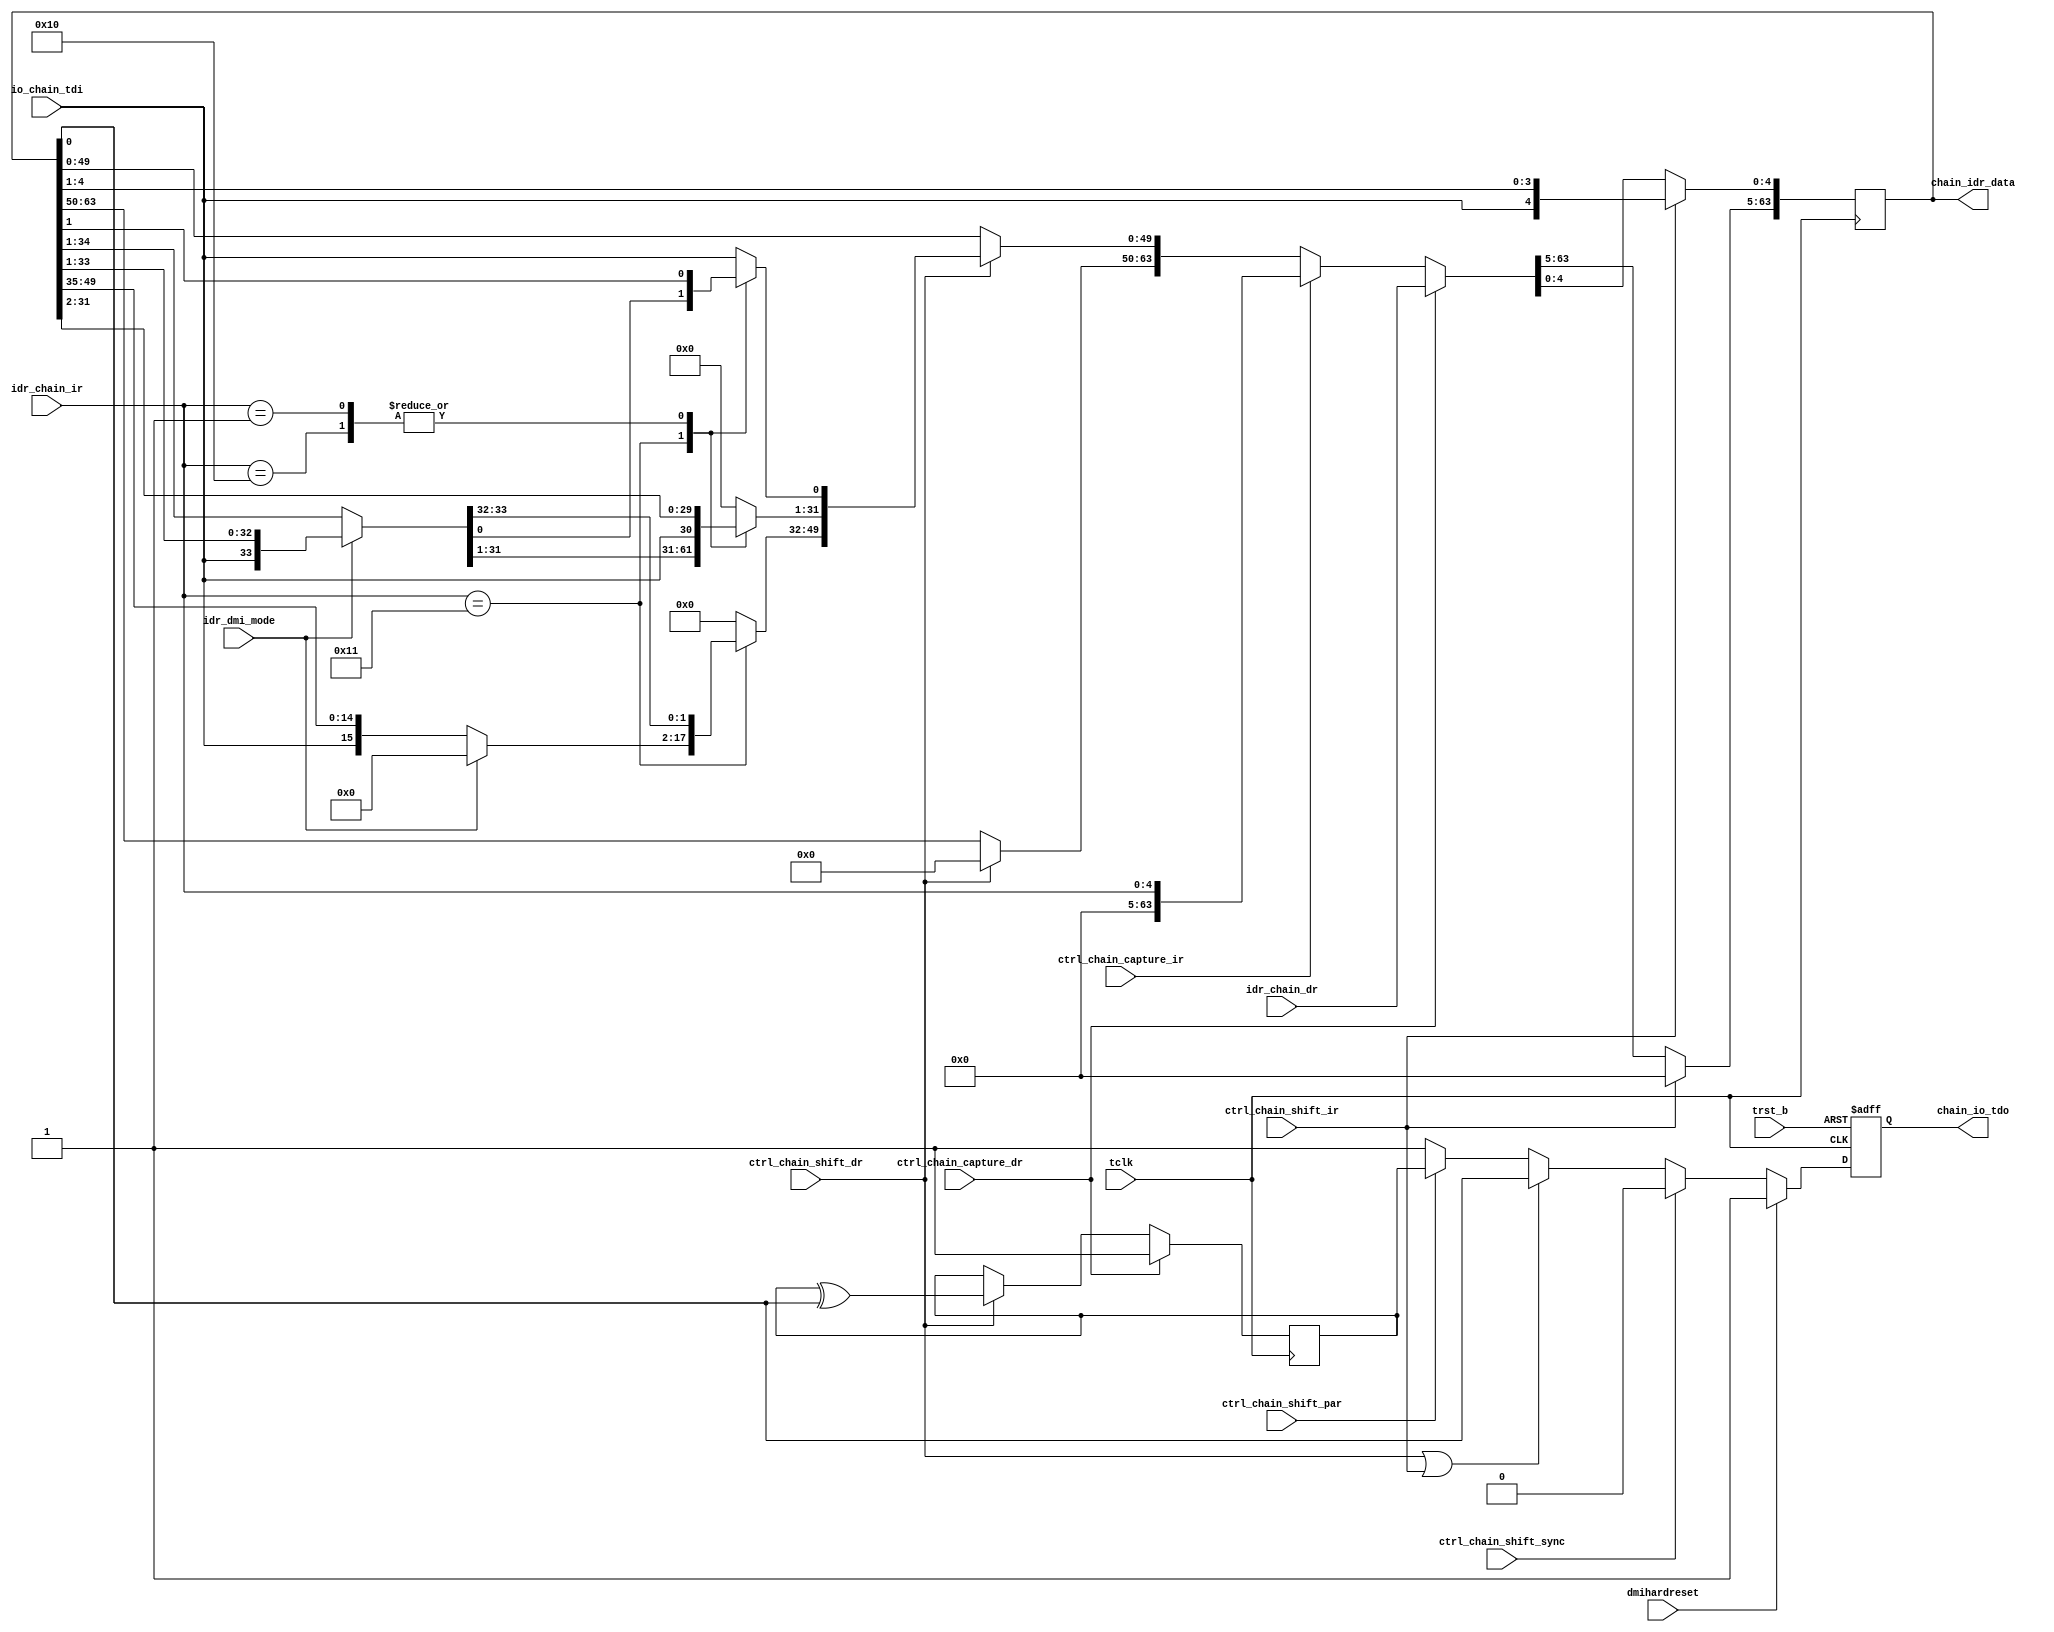
/*Copyright 2020-2021 T-Head Semiconductor Co., Ltd.

Licensed under the Apache License, Version 2.0 (the "License");
you may not use this file except in compliance with the License.
You may obtain a copy of the License at

    http://www.apache.org/licenses/LICENSE-2.0

Unless required by applicable law or agreed to in writing, software
distributed under the License is distributed on an "AS IS" BASIS,
WITHOUT WARRANTIES OR CONDITIONS OF ANY KIND, either express or implied.
See the License for the specific language governing permissions and
limitations under the License.
*/
module tdt_dtm_chain #(
    parameter                        CHAIN_DW          = 64,
    parameter                        DTM_IRREG_WIDTH   = 5,
    parameter                        DTM_ABITS         = 16,    
    parameter                        DTM_NDMIREG_WIDTH = 32

)(
    input                            tclk,                 
    input                            trst_b,   
    input                            dmihardreset,
    input                            io_chain_tdi,
    output                           chain_io_tdo,

    input   [CHAIN_DW-1:0]           idr_chain_dr, 
    input   [DTM_IRREG_WIDTH-1:0]    idr_chain_ir, 
    output  [CHAIN_DW-1:0]           chain_idr_data,      
     
    input                            idr_dmi_mode,
    input                            ctrl_chain_capture_dr,  
    input                            ctrl_chain_capture_ir,    
    input                            ctrl_chain_shift_dr,      
    input                            ctrl_chain_shift_ir,      
    input                            ctrl_chain_shift_par,     
    input                            ctrl_chain_shift_sync
);

        
    localparam  [DTM_IRREG_WIDTH-1:0] IDCODE               = 5'h01;
    localparam  [DTM_IRREG_WIDTH-1:0] DMI_ACC              = 5'h02;
    localparam  [DTM_IRREG_WIDTH-1:0] DTMCS                = 5'h10;
    localparam  [DTM_IRREG_WIDTH-1:0] DMI                  = 5'h11;
    
    localparam                        DTM_DMIREG_WIDTH     = DTM_ABITS + 2 + 32;   
    localparam                        DTM_DMIACCREG_WIDTH  = 1;
    
    reg  [CHAIN_DW-1:0] chain_shifter_pre;
    reg  [CHAIN_DW-1:0] chain_shifter;
    reg                 parity;
    reg                 tdo;
    wire                tdi;
    
    always @ (ctrl_chain_shift_ir                or
              tdi                                or
              chain_shifter                      or
              ctrl_chain_capture_dr              or
              idr_chain_dr[CHAIN_DW-1:0]         or
              ctrl_chain_capture_ir              or
              idr_chain_ir[DTM_IRREG_WIDTH-1:0]  or
              ctrl_chain_shift_dr                or
              idr_dmi_mode
              ) begin
        chain_shifter_pre[CHAIN_DW-1:0] = {CHAIN_DW{1'b0}};
        if (ctrl_chain_shift_ir)
            chain_shifter_pre[DTM_IRREG_WIDTH-1:0] = {tdi, chain_shifter[DTM_IRREG_WIDTH-1:1]};
        else if (ctrl_chain_capture_dr)
            chain_shifter_pre[CHAIN_DW-1:0] = idr_chain_dr[CHAIN_DW-1:0];
        else if (ctrl_chain_capture_ir)
            chain_shifter_pre[CHAIN_DW-1:0] = {{CHAIN_DW-DTM_IRREG_WIDTH{1'b0}}, idr_chain_ir[DTM_IRREG_WIDTH-1:0]};
        else if (ctrl_chain_shift_dr) 
            case (idr_chain_ir[DTM_IRREG_WIDTH-1:0]) 
                DMI_ACC   : chain_shifter_pre[DTM_DMIACCREG_WIDTH-1:0] = tdi;//1bit
                DMI       : if (idr_dmi_mode) 
                                chain_shifter_pre[DTM_DMIREG_WIDTH-DTM_ABITS-1:0] = {tdi, chain_shifter[DTM_DMIREG_WIDTH-DTM_ABITS-1:1]};//44bit
                            else 
                                chain_shifter_pre[DTM_DMIREG_WIDTH-1:0] = {tdi, chain_shifter[DTM_DMIREG_WIDTH-1:1]};//34bit
                DTMCS     : chain_shifter_pre[DTM_NDMIREG_WIDTH-1:0] = {tdi, chain_shifter[DTM_NDMIREG_WIDTH-1:1]};//32bit
                IDCODE    : chain_shifter_pre[DTM_NDMIREG_WIDTH-1:0] = {tdi, chain_shifter[DTM_NDMIREG_WIDTH-1:1]};//32bit
                default   : chain_shifter_pre[DTM_DMIACCREG_WIDTH-1:0] = tdi;//1bit,use DTM_DMIACCREG_WIDTH
            endcase
        else
            chain_shifter_pre[CHAIN_DW-1:0] = chain_shifter[CHAIN_DW-1:0];
    end
    
    // data shift from the lowest bit
    // sample tdi on the posedge of JTAG clock
    always @ (posedge tclk) begin
        chain_shifter[CHAIN_DW-1:0] <= chain_shifter_pre[CHAIN_DW-1:0];
    end
    
    assign chain_idr_data[CHAIN_DW-1:0] = chain_shifter[CHAIN_DW-1:0];
    //==============================================
    // calculate the parity bit when read DR
    //==============================================
    always @ (posedge tclk) begin
        if (ctrl_chain_capture_dr)
            parity <= 1'b1;
        else if (ctrl_chain_shift_dr)
            parity <= parity ^ chain_shifter[0];
    end
    
    //==============================================
    // set tdo on the negedge of tclk
    // set tdo to logic 1 when IDLE
    //==============================================
    always @ (negedge tclk or negedge trst_b) begin
        if (!trst_b)
            tdo <= 1'b1;
        else if (dmihardreset)
            tdo <= 1'b1;
        else if (ctrl_chain_shift_sync)
            tdo <= 1'b0;
        else if (ctrl_chain_shift_dr || ctrl_chain_shift_ir)
            tdo <= chain_shifter[0];
        else if (ctrl_chain_shift_par)
            tdo <= parity;
        else
            tdo <= 1'b1;
    end
    
    //==========================================================
    //               jtag input and output
    //==========================================================
    
    assign tdi = io_chain_tdi;
    
    assign chain_io_tdo = tdo;

endmodule